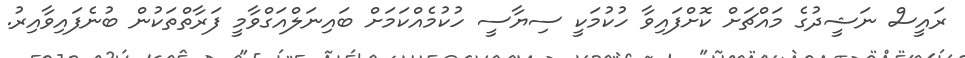
ރައީސް ނަޝީދުގެ މައްޗަށް ކޮށްފައިވާ ހުކުމަކީ ސިޔާސީ ހުކުމެއްކަމަށް ބައިނަލްއަގްވާމީ ފަރާތްތަކުން ބުނެފައިވާއިރު.